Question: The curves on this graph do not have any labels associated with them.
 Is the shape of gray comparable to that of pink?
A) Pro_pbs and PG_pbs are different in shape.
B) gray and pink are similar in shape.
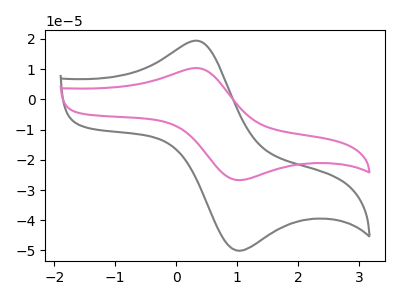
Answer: <think>The gray curve "gray" has an anodic peak at (0.35V, 19.35uA) and a cathodic peak at (1.00V, -50.10uA). The pink curve "pink" has an anodic peak at (0.35V, 10.35uA) and a cathodic peak at (1.00V, -26.75uA).
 All the peaks in "gray" have a peak in "pink" at the same potential. Every peak in "gray" is higher than every peak in "pink".</think>
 <answer>B) "gray" and "pink" are similar in shape.</answer>
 <eval>B</eval>